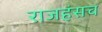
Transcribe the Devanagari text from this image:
राजहंसच